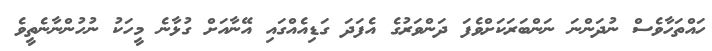
ހައްތަހާވެސް ނުދަންނަ ނަންބަރަކަށްވެފަ ދަންވަރުގެ އެފަދަ ގަޑިއެއްގައި އޭނާއަށް ގުޅާނެ މީހަކު ނުހުންނާނެތީވެ